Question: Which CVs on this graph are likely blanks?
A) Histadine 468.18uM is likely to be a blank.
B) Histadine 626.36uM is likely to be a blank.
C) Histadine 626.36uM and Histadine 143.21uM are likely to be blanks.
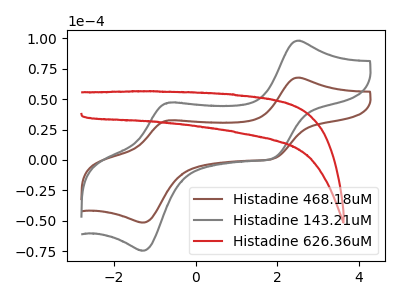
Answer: <think>The brown curve "Histadine 468.18uM" has anodic peaks at (2.50V, 67.75uA) (-0.65V, 32.55uA) and cathodic peaks at (1.90V, 1.15uA) (-1.30V, -51.55uA). The gray curve "Histadine 143.21uM" has anodic peaks at (2.50V, 98.15uA) (-0.65V, 47.15uA) and cathodic peaks at (1.90V, 1.70uA) (-1.30V, -74.70uA). The red curve "Histadine 626.36uM" has no peaks.</think>
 <answer>B) "Histadine 626.36uM" is likely to be a blank.</answer>
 <eval>B</eval>